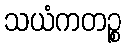
သယံကတဉ္စ